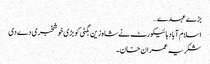
بڑے عہدے…
اسلام آباد ہائیکورٹ نے شاہ زین بگٹی کو بڑی خوشخبری دے دی
شکریہ عمران خان۔